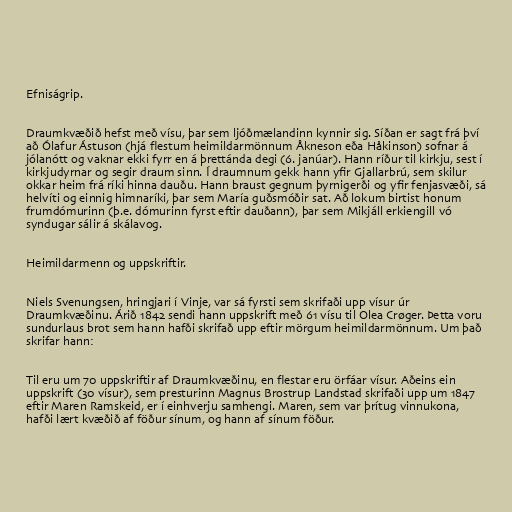
Efniságrip.

Draumkvæðið hefst með vísu, þar sem ljóðmælandinn kynnir sig. Síðan er sagt frá því
að Ólafur Ástuson (hjá flestum heimildarmönnum Åkneson eða Håkinson) sofnar á
jólanótt og vaknar ekki fyrr en á þrettánda degi (6. janúar). Hann ríður til kirkju, sest í
kirkjudyrnar og segir draum sinn. Í draumnum gekk hann yfir Gjallarbrú, sem skilur
okkar heim frá ríki hinna dauðu. Hann braust gegnum þyrnigerði og yfir fenjasvæði, sá
helvíti og einnig himnaríki, þar sem María guðsmóðir sat. Að lokum birtist honum
frumdómurinn (þ.e. dómurinn fyrst eftir dauðann), þar sem Mikjáll erkiengill vó
syndugar sálir á skálavog.

Heimildarmenn og uppskriftir.

Niels Svenungsen, hringjari í Vinje, var sá fyrsti sem skrifaði upp vísur úr
Draumkvæðinu. Árið 1842 sendi hann uppskrift með 61 vísu til Olea Crøger. Þetta voru
sundurlaus brot sem hann hafði skrifað upp eftir mörgum heimildarmönnum. Um það
skrifar hann:

Til eru um 70 uppskriftir af Draumkvæðinu, en flestar eru örfáar vísur. Aðeins ein
uppskrift (30 vísur), sem presturinn Magnus Brostrup Landstad skrifaði upp um 1847
eftir Maren Ramskeid, er í einhverju samhengi. Maren, sem var þrítug vinnukona,
hafði lært kvæðið af föður sínum, og hann af sínum föður.